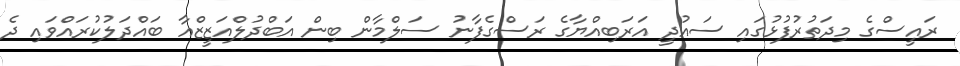
ރައީސްގެ މިދަތުރުފުޅުގައި ސައުދީ އަރަބިއްޔާގެ ރަސްގެފާނު ސަލްމާން ބިން އަބްދުލްއަޒީޒްއާ ބައްދަލުކުރައްވައި ދެ